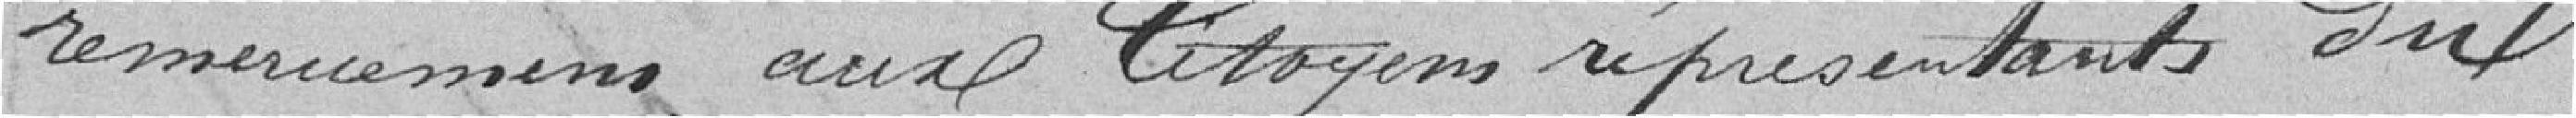
remerciements aux citoyens représentants du